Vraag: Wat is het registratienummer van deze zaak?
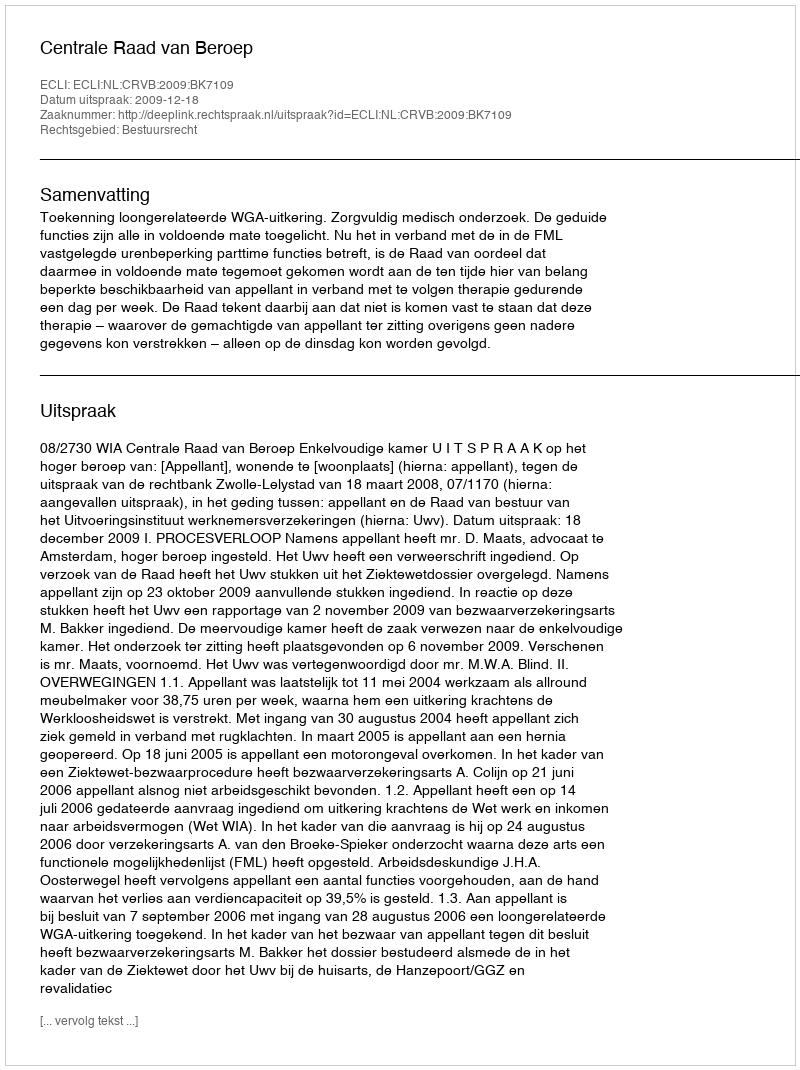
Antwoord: http://deeplink.rechtspraak.nl/uitspraak?id=ECLI:NL:CRVB:2009:BK7109